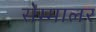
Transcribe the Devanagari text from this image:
सेम्मालर